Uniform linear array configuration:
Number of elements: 12
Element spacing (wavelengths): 0.25
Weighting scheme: blackman
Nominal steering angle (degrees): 15
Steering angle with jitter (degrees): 16.378
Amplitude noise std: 0.05
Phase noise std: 0.05

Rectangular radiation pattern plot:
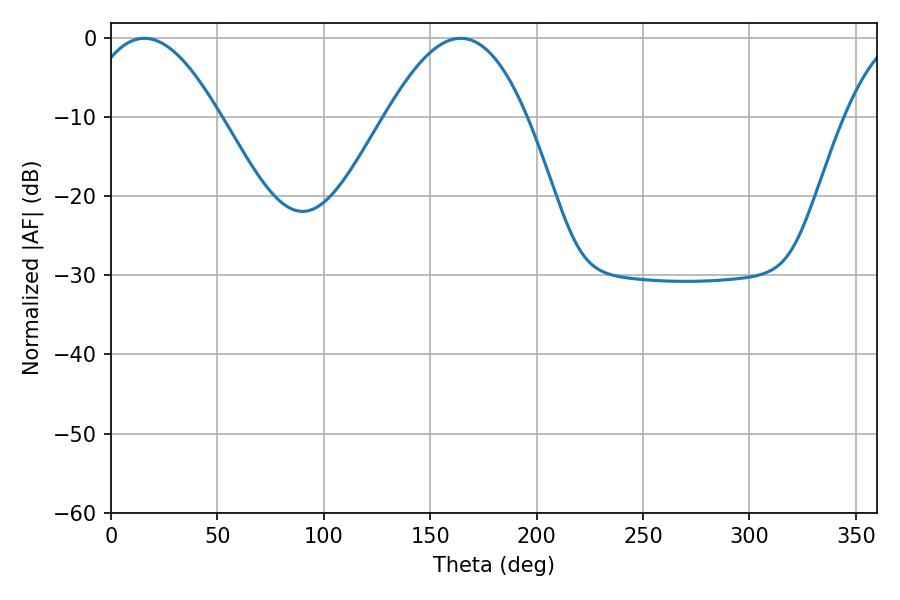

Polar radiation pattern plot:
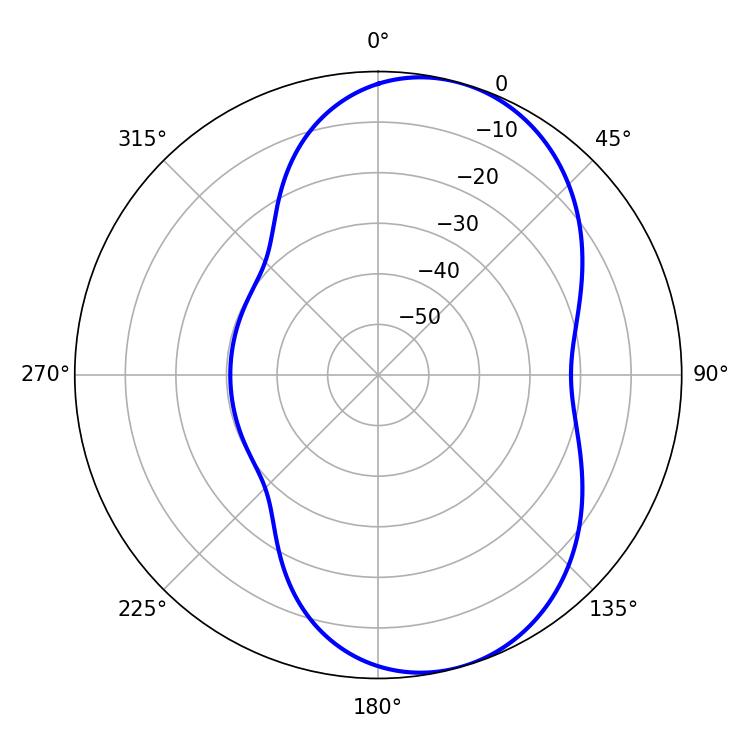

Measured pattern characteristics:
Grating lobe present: FALSE
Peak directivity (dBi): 7.032
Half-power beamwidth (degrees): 34.38
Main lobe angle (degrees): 15.66